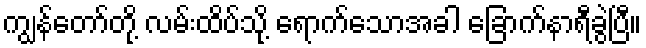
ကျွန်တော်တို့ လမ်းထိပ်သို့ ရောက်သောအခါ ခြောက်နာရီခွဲပြီ။